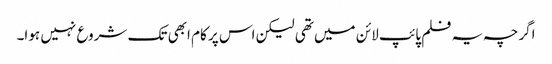
اگرچہ یہ فلم پائپ لائن میں تھی لیکن اس پر کام ابھی تک شروع نہیں ہوا۔